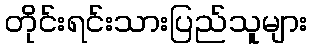
တိုင်းရင်းသားပြည်သူများ